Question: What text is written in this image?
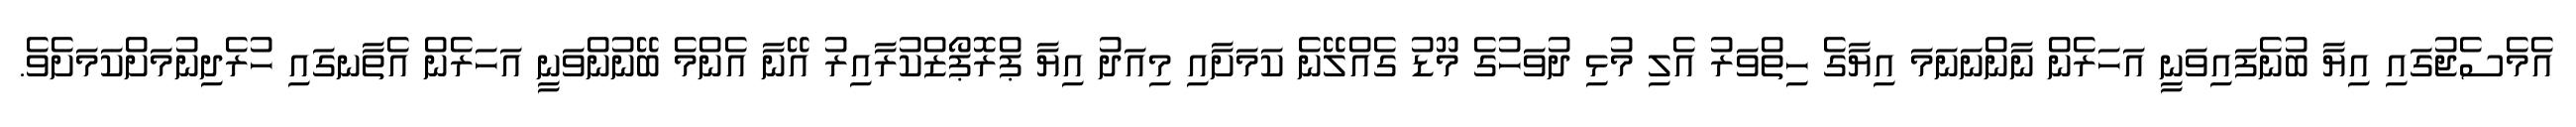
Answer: އެމެސެޖުގައި އިޔާ ބުނެފައިވަނީ އަހަރެން ނާންނަނަމަ އިޔާގެ ހިތްވަރު އެލި މުޅި ދުވަހުގެ މޫޑު ގެއްލޭނެ ކަމަށާއި މިއަދު އިޔާ ޕްރޮޕޯޒްކުރާއިރު އޭނާ އެންމެ ބޭނުންވަނީ އަހަރެން އެތާނގައި ހުރެދިނުމަށްކަމަށެވެ.